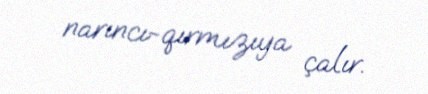
narıncı-qırmızıya çalır.